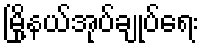
မြို့နယ်အုပ်ချုပ်ရေး